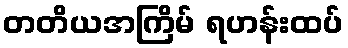
တတိယအကြိမ် ရဟန်းထပ်